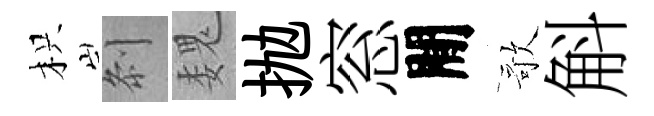
枳𠛴魏抛窓閒歌斛